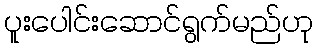
ပူးပေါင်းဆောင်ရွက်မည်ဟု